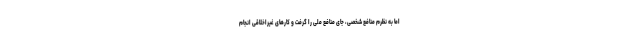
اما به نظرم منافع شخصی، جای منافع ملی را گرفت و کارهای غیراخلاقی انجام